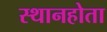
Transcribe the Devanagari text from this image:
स्थानहोता